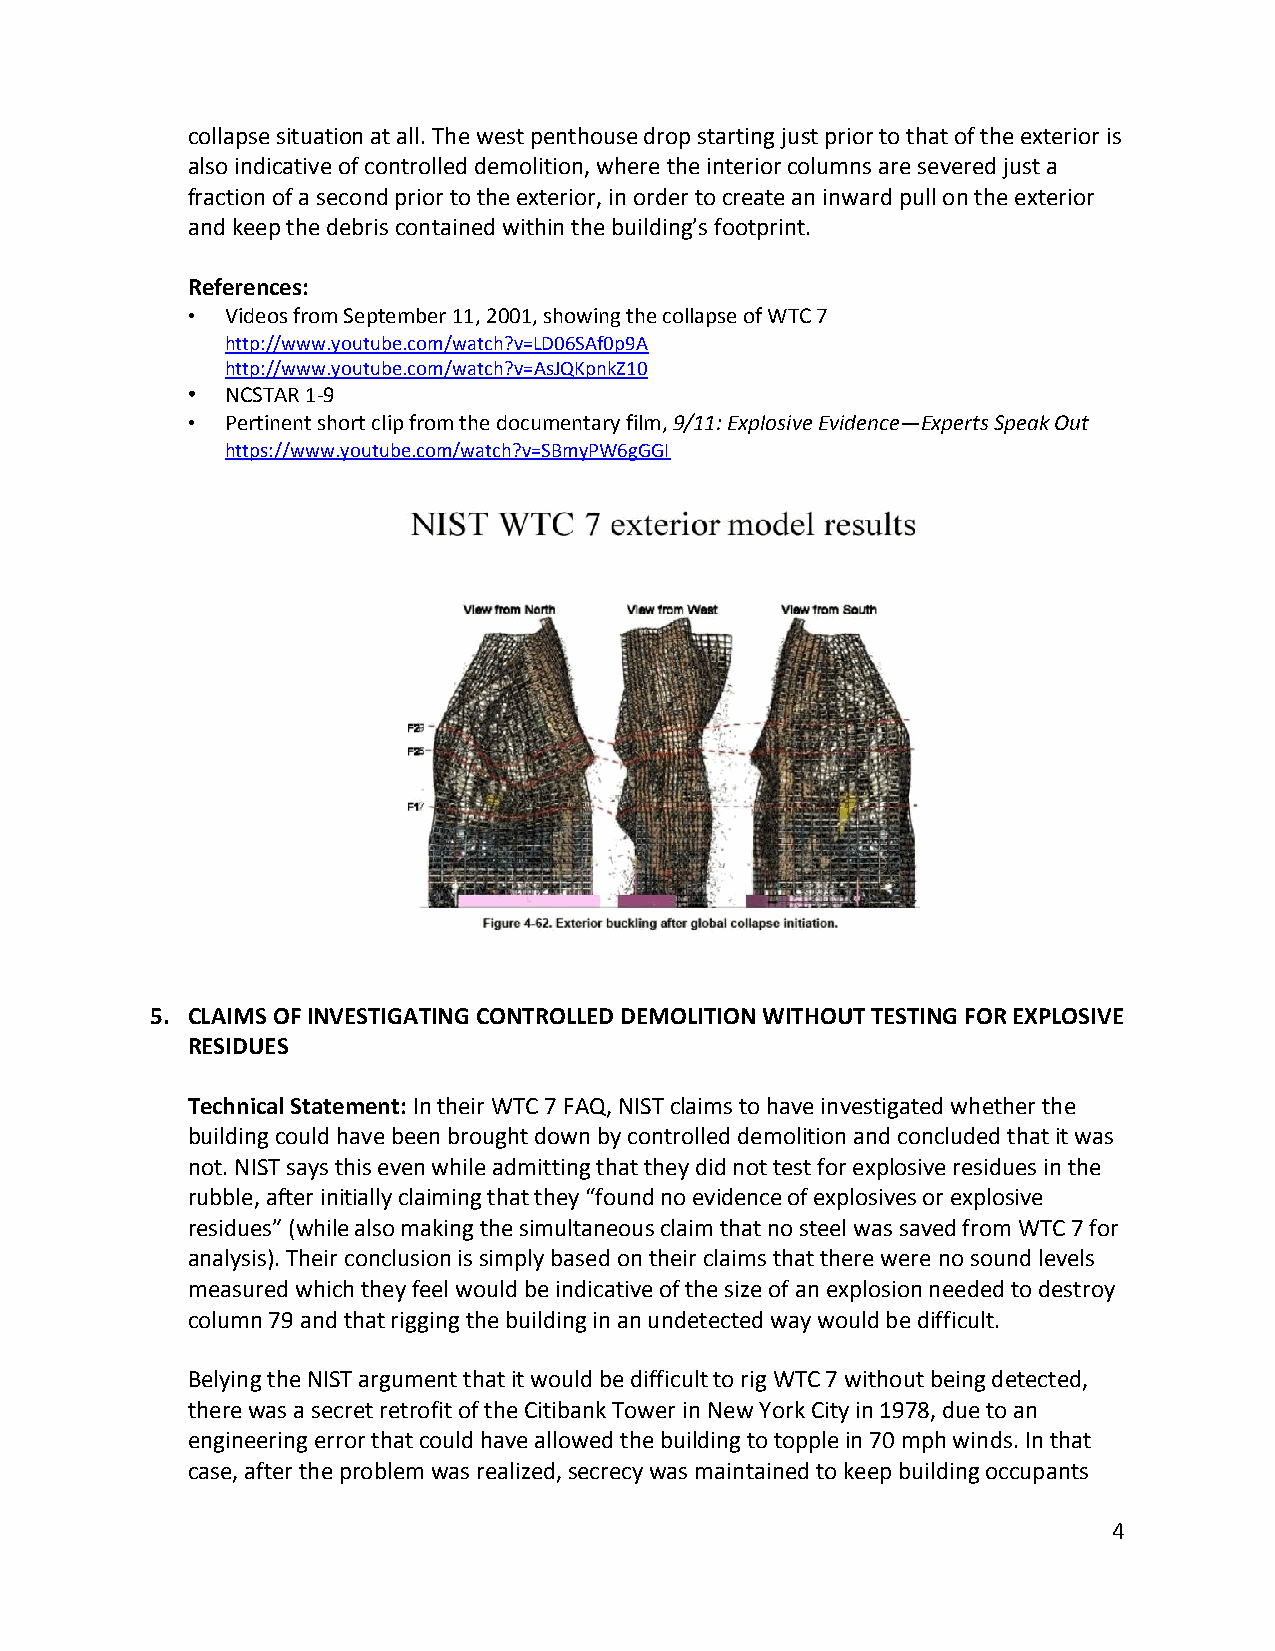
collapse situation at all. The west penthouse drop starting just prior to that of the exterior is
 also indicative of controlled demolition, where the interior columns are severed just a
 fraction of a second prior to the exterior, in order to create an inward pull on the exterior
 and keep the debris contained within the building’s footprint.
 References:
 •  Videos from September 11, 2001, showing the collapse of WTC 7
 http://www.youtube.com/watch?v=LD06SAf0p9A
 http://www.youtube.com/watch?v=AsJQKpnkZ10
 •  NCSTAR 1-9
 •  Pertinent short clip from the documentary film, 9/11: Explosive Evidence—Experts Speak Out
 https://www.youtube.com/watch?v=SBmyPW6gGGI
 5. CLAIMS OF INVESTIGATING CONTROLLED DEMOLITION WITHOUT TESTING FOR EXPLOSIVE
 RESIDUES
 Technical Statement: In their WTC 7 FAQ, NIST claims to have investigated whether the
 building could have been brought down by controlled demolition and concluded that it was
 not. NIST says this even while admitting that they did not test for explosive residues in the
 rubble, after initially claiming that they “found no evidence of explosives or explosive
 residues” (while also making the simultaneous claim that no steel was saved from WTC 7 for
 analysis). Their conclusion is simply based on their claims that there were no sound levels
 measured which they feel would be indicative of the size of an explosion needed to destroy
 column 79 and that rigging the building in an undetected way would be difficult.
 Belying the NIST argument that it would be difficult to rig WTC 7 without being detected,
 there was a secret retrofit of the Citibank Tower in New York City in 1978, due to an
 engineering error that could have allowed the building to topple in 70 mph winds. In that
 case, after the problem was realized, secrecy was maintained to keep building occupants
 4